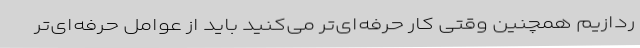
ردازیم همچنین وقتی کار حرفه‌ای‌تر می‌کنید باید از عوامل حرفه‌ای‌تر